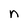
Character: n